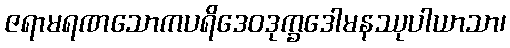
ဇရာမရဏသောကပရိဒေဝဒုက္ခဒေါမနဿုပါယာသာ၊